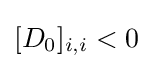
[D_{0}]_{i,i}<0\;